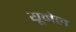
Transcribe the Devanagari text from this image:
यूमेल